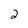
Character: 2